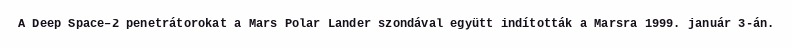
A Deep Space–2 penetrátorokat a Mars Polar Lander szondával együtt indították a Marsra 1999. január 3-án.